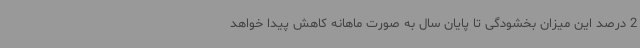
2 درصد این میزان بخشودگی تا پایان سال به صورت ماهانه کاهش پیدا خواهد